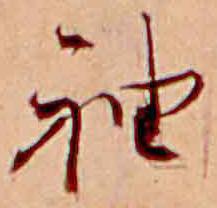
袖